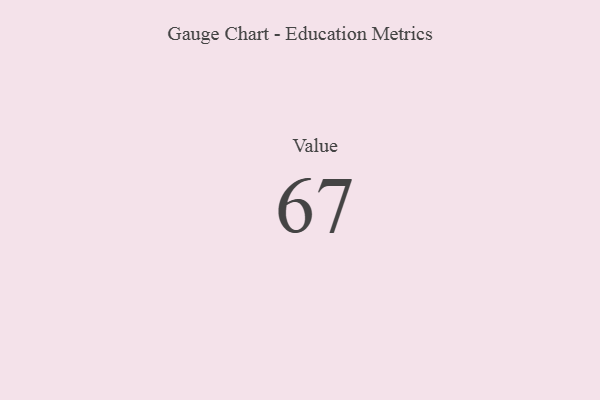
{"axis": {"x": "Metric", "y": "Value"}, "legend": [""], "data": [{"x": "Value", "y": 67, "type": ""}]}